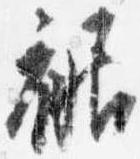
裾